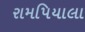
રામપિયાલા